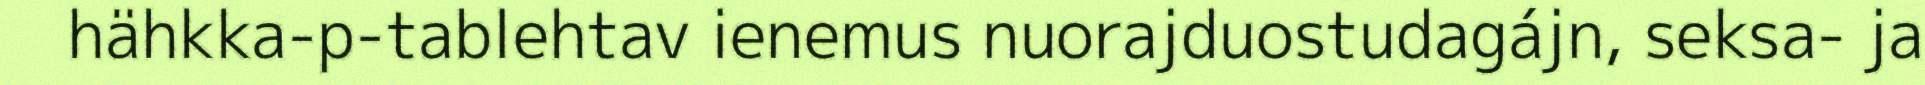
hähkka-p-tablehtav ienemus nuorajduostudagájn, seksa- ja